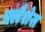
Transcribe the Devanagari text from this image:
फ्लैशेस